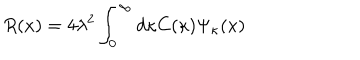
R ( x ) = 4 \lambda ^ { 2 } \int _ { 0 } ^ { \infty } d \kappa C ( \kappa ) \Psi _ { \kappa } ( x )